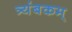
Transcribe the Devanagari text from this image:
त्र्यंबकम्